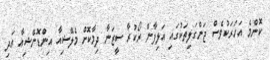
ކޮންމެ އަހަރަކުވެސް ޖަންގަލިތަކުގައި އަލިފާން ރޯކުރާ ސީޒަނާ ދިމާކޮށް މެލޭޝިއާ އިންޑޮނޭޝިއާ އަދި